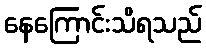
နေကြောင်းသိရသည်